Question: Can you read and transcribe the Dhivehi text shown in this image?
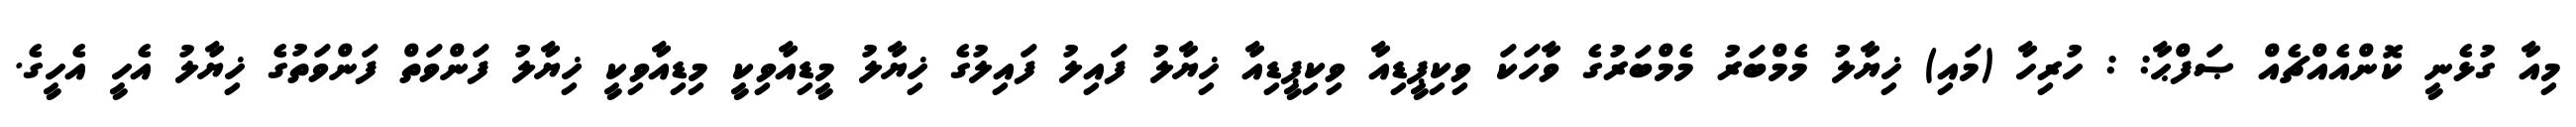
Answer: މިއާ ގުޅެނީ ކޮންއެއްޗެއް ޞަފްޙާ: : ހުރިހާ (މައި) ޚިޔާލު މެމްބަރު މެމްބަރުގެ ވާހަކަ ވިކިޕީޑިއާ ވިކިޕީޑިއާ ޚިޔާލު ފައިލު ފައިލުގެ ޚިޔާލު މީޑިއާވިކީ މިޑިއާވިކީ ޚިޔާލު ފަންވަތް ފަންވަތުގެ ޚިޔާލު އެހީ އެހީގެ.